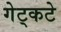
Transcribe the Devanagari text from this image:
गेट्कटे